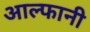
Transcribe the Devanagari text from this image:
आल्फानी